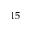
^ { 1 5 }